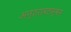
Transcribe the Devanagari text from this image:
अन्तरावलम्बन